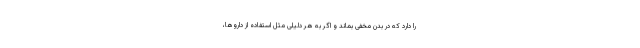
را دارد که در بدن مخفی بماند و اگر به هر دلیلی مثل استفاده از داروها،